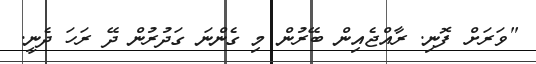
"ވަރަށް ފޮނި. ރާއްޖެއިން ބޭރުން މި ގެންނަ ގަދުރުން ދޭ ރަހަ ދެނީ.